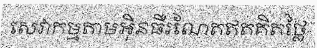
សេវាកម្មតាមអ៊ិនធឺរណែតឥតគិតថ្លៃ